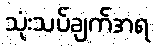
သုံးသပ်ချက်အရ